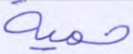
حمية